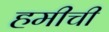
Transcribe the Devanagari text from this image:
हमीची